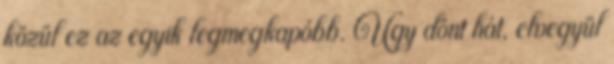
közül ez az egyik legmegkapóbb. Úgy dönt hát, elvegyül